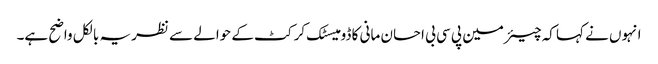
انہوں نے کہا کہ چیئرمین پی سی بی احسان مانی کا ڈومیسٹک کرکٹ کے حوالے سے نظریہ بالکل واضح ہے۔